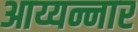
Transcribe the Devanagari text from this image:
आय्यन्नार